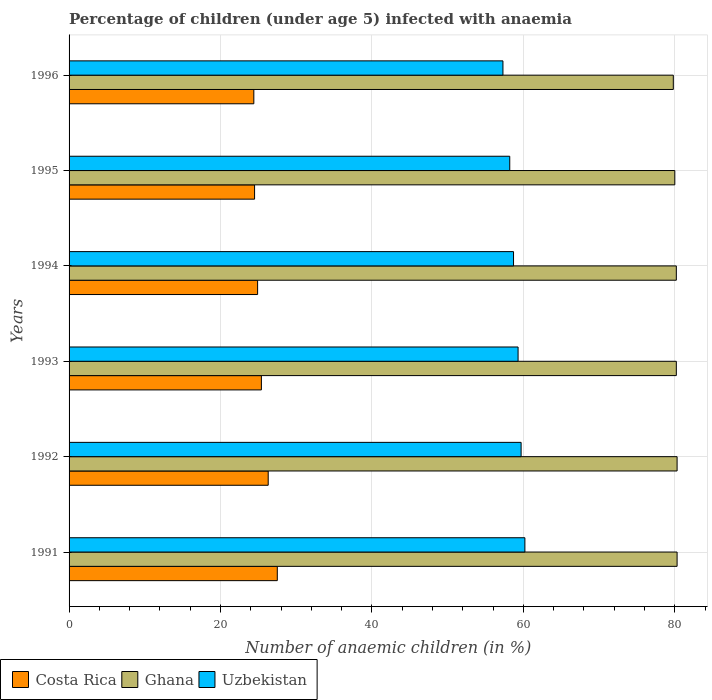
| Years | Costa Rica | Ghana | Uzbekistan |
 | --- | --- | --- | --- |
 | 1991 | 27.5 | 80.3 | 60.2 |
 | 1992 | 26.3 | 80.3 | 59.7 |
 | 1993 | 25.4 | 80.2 | 59.3 |
 | 1994 | 24.9 | 80.2 | 58.7 |
 | 1995 | 24.5 | 80 | 58.2 |
 | 1996 | 24.4 | 79.8 | 57.3 |